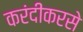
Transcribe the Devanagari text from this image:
करंदीकरसे